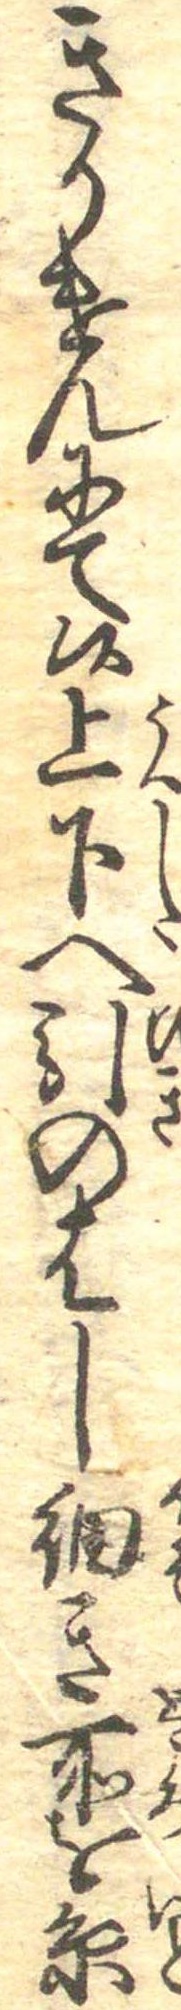
きかけんにて候上下へ引のはし細き所を糸